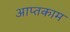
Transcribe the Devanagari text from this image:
आप्तकाम